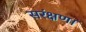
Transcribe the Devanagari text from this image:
सरंक्षण।